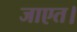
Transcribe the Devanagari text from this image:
जाएत।